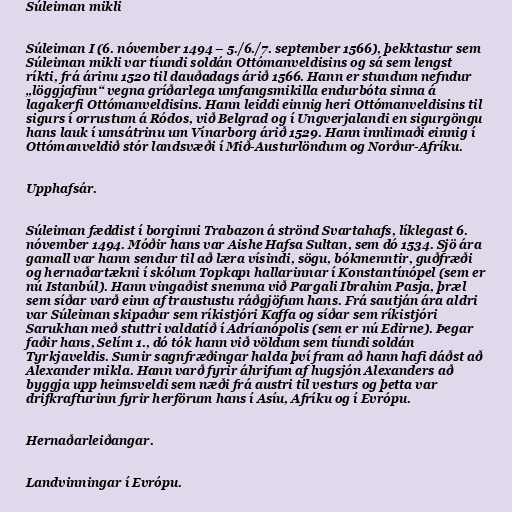
Súleiman mikli

Súleiman I (6. nóvember 1494 – 5./6./7. september 1566), þekktastur sem
Súleiman mikli var tíundi soldán Ottómanveldisins og sá sem lengst
ríkti, frá árinu 1520 til dauðadags árið 1566. Hann er stundum nefndur
„löggjafinn“ vegna gríðarlega umfangsmikilla endurbóta sinna á
lagakerfi Ottómanveldisins. Hann leiddi einnig heri Ottómanveldisins til
sigurs í orrustum á Ródos, við Belgrad og í Ungverjalandi en sigurgöngu
hans lauk í umsátrinu um Vínarborg árið 1529. Hann innlimaði einnig í
Ottómanveldið stór landsvæði í Mið-Austurlöndum og Norður-Afríku.

Upphafsár.

Súleiman fæddist í borginni Trabazon á strönd Svartahafs, líklegast 6.
nóvember 1494. Móðir hans var Aishe Hafsa Sultan, sem dó 1534. Sjö ára
gamall var hann sendur til að læra vísindi, sögu, bókmenntir, guðfræði
og hernaðartækni í skólum Topkapı hallarinnar í Konstantínópel (sem er
nú Istanbúl). Hann vingaðist snemma við Pargali Ibrahim Pasja, þræl
sem síðar varð einn af traustustu ráðgjöfum hans. Frá sautján ára aldri
var Súleiman skipaður sem ríkistjóri Kaffa og síðar sem ríkistjóri
Sarukhan með stuttri valdatíð í Adríanópolis (sem er nú Edirne). Þegar
faðir hans, Selím 1., dó tók hann við völdum sem tíundi soldán
Tyrkjaveldis. Sumir sagnfræðingar halda því fram að hann hafi dáðst að
Alexander mikla. Hann varð fyrir áhrifum af hugsjón Alexanders að
byggja upp heimsveldi sem næði frá austri til vesturs og þetta var
drifkrafturinn fyrir herförum hans í Asíu, Afríku og í Evrópu.

Hernaðarleiðangar.

Landvinningar í Evrópu.